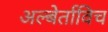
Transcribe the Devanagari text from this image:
अल्बेर्ताविच